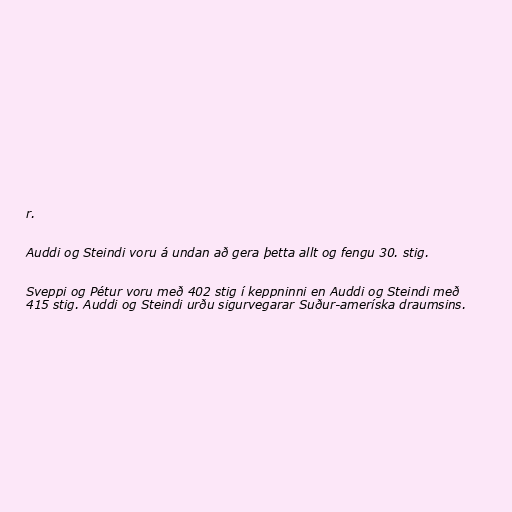
r.

Auddi og Steindi voru á undan að gera þetta allt og fengu 30. stig.

Sveppi og Pétur voru með 402 stig í keppninni en Auddi og Steindi með
415 stig. Auddi og Steindi urðu sigurvegarar Suður-ameríska draumsins.